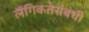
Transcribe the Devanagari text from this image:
लैंगिकतेसंबंधी